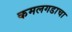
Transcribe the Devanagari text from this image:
कमलगडाचा